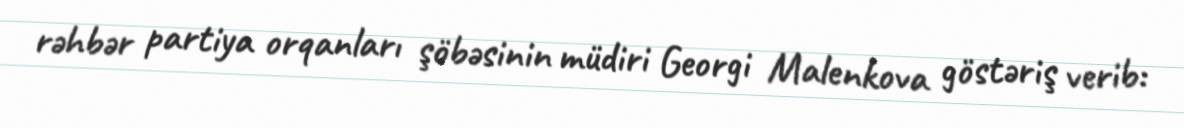
rəhbər partiya orqanları şöbəsinin müdiri Georgi Malenkova göstəriş verib: